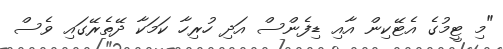
"މި ޓީމުގެ އެޓޭކިން އާއި ޑިފެންސް އަދި ހުރިހާ ކަމަކާ ދޭތެރޭގައި ވެސް